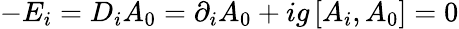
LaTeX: -E_{i}=D_{i}A_{0}=\partial_{i}A_{0}+ig\left[A_{i},A_{0}\right]=0